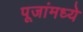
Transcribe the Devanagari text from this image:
पूजांमध्ये